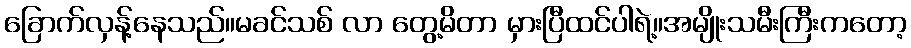
ခြောက်လှန့်နေသည်။မခင်သစ် လာ တွေ့မိတာ မှားပြီထင်ပါရဲ့။အမျိုးသမီးကြီးကတော့